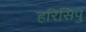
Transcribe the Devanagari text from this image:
हरिसिपु